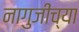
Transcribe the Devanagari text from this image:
नागुजींच्या